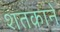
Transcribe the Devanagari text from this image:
शतकाने